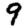
Digit: 9